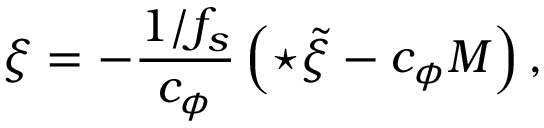
\xi = - \frac { 1 / f _ { s } } { c _ { \phi } } \left( { \star \tilde { \xi } } - c _ { \phi } { \cal M } \right) ,